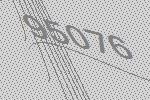
95076